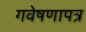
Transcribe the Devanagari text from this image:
गवेषणापत्र